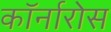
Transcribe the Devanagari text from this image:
कॉर्नारोस